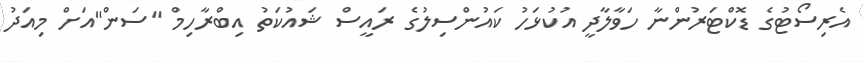
އެރިސޯޓުގެ ޑޮކްޓަރުންނާ ހަވާލާދީ އުކުޅަހު ކައުންސިލުގެ ރައީސް ޝައުކަތު އިބްރާހިމް "ސަން"އަށް މިއަދު